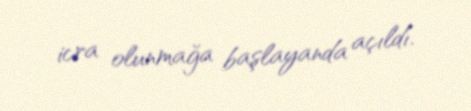
icra olunmağa başlayanda açıldı.